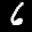
Label: 6